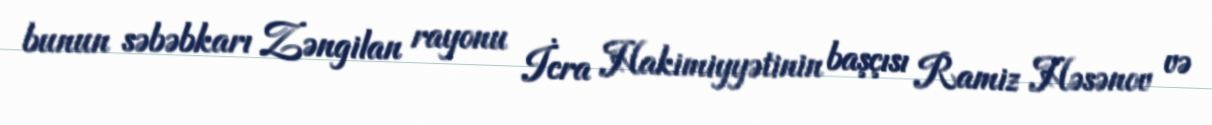
bunun səbəbkarı Zəngilan rayonu İcra Hakimiyyətinin başçısı Ramiz Həsənov və